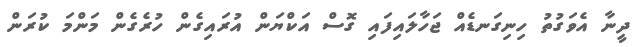
ދީނާ އެވަގުތު ހިނިގަނޑެއް ޖަހާލައިފައި ގޮސް އަކްޔަން އުރައިގެން ހުރެގެން މަންމަ ކުރަން